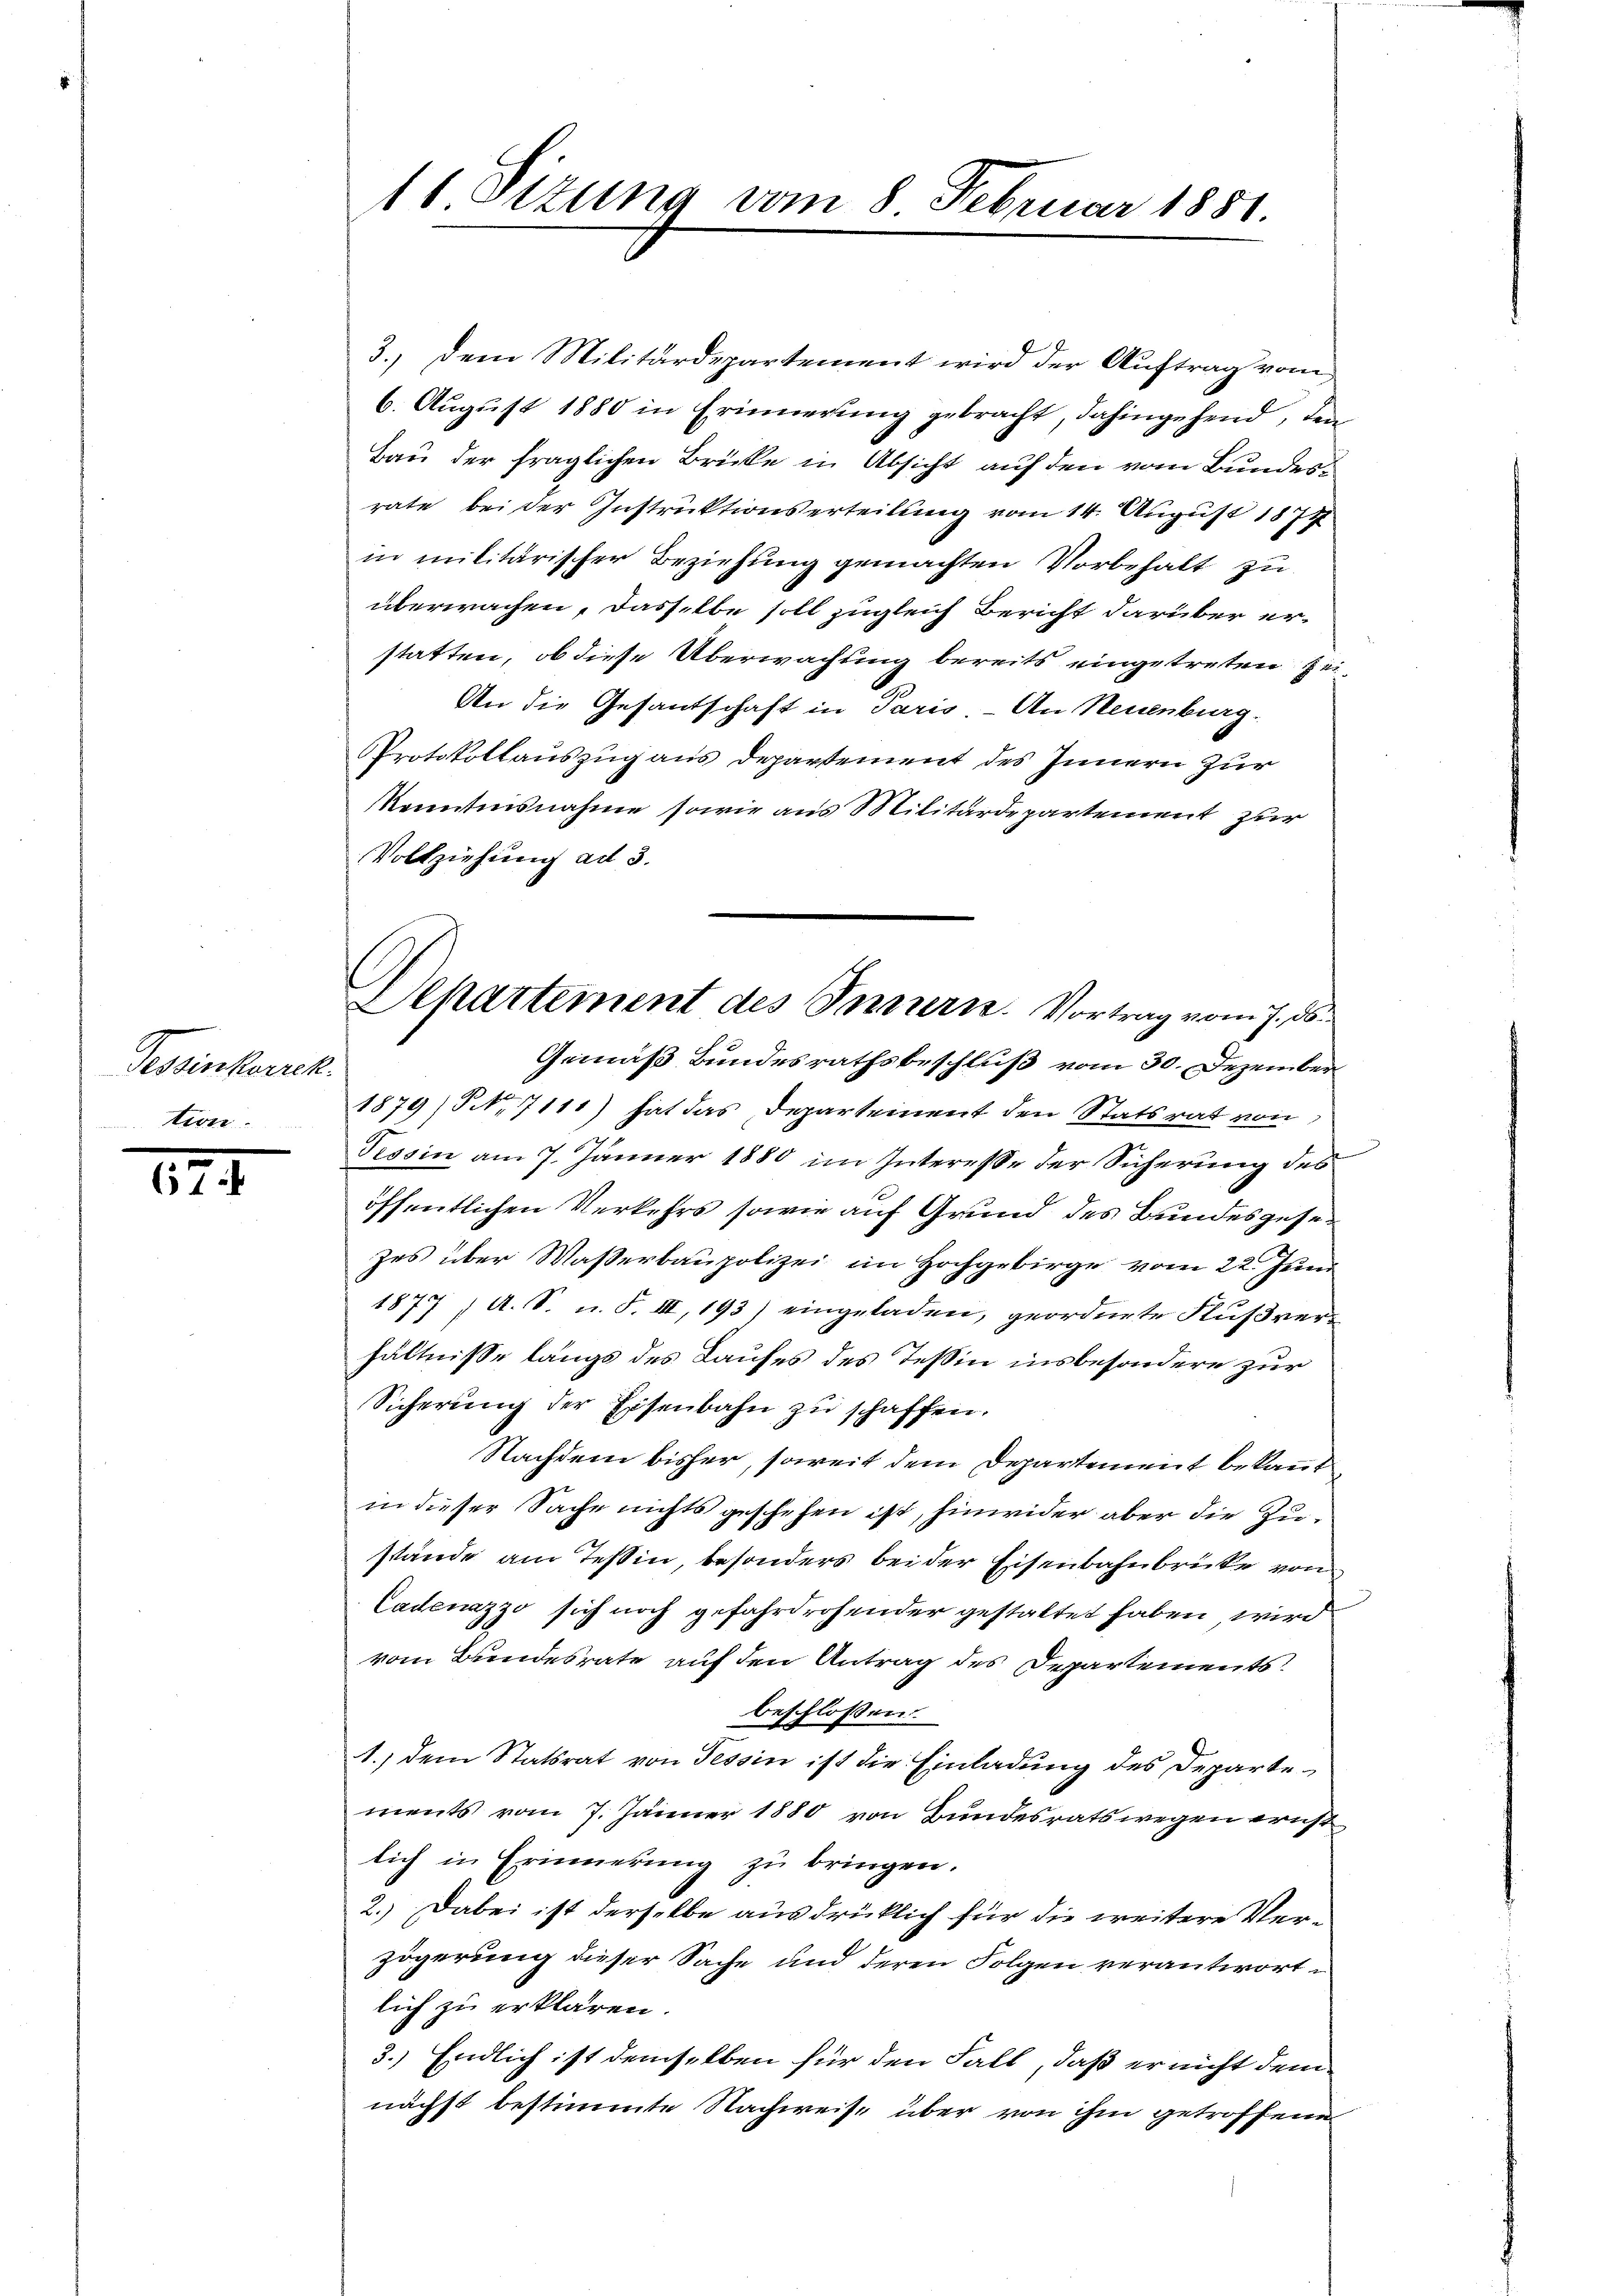
Tessinkorrek
tion.

174

16 Sizung vom 8. Februar 1851.

3.) Dem Militärdepartement wird der Auftrag vom
6. August 1880 in Erinnerung gebracht, dahingehend, den
Bau der fraglichen Brücke in Absicht auf den vom Bundesrate bei der Instruktionserteilung vom 14. August 1874
in militarischer Beziehung gemachten Vorbehalt zu
überwachen, dasselbe soll zugleich Bericht darüber erstatten, ob diese Überwachung bereits eingetreten sei
An die Gesantschaft in Paris - An Neuenburg.
Protokollauszug aus Departement des Innern zur
Kenntnisnahme sowie aus Militärdepartement zur
Vollziehung ad 3.
1879 No 7111) hat das Departement den Statsrat von
Tessin am 7. Jänner 1880 im Interesse der Sicherung des
öffentlichen Verkehrs sowie auf Grund des Bundesgesezes über Waßerbaupolizei im Hochgebirge vom 22. Juni
1877, A. S. u. F. III, 193) eingeladen, geordnete Flußverhältnisse längs des Laufes des Teßin insbesondere zur
Sicherung der Eisenbahn zu schaffen.
Nachdem bisher, soweit dem Departement bekannt
in dieser Sache nichts geschehen ist, hinwider aber die Zustände am Teßin, besonders bei der Eisenbahnbrücke von
Cadenazzo sich noch gefahrdrohender gestaltet haben wird
vom Bundesrate auf den Antrag des Departements
beschlossen:
1.) dem Statsrat von Tessin ist die Einladung des Departements vom 7. Jänner 1880 von Bundesratswegen ernstlich in Erinnerung zu bringen.
2.) Dabei ist derselbe ausdrücklich für die weitere Verzögerung dieser Sache und deren Folgen verantwortlich zu erklären.
3.) Endlich ist demselben für den Fall, daß er nicht demnächst bestimmte Nachweise über von ihm getroffene

Separtement des Innern. Vortrag vom 7. ds.
Gemäß Bundesrathsbeschluß vom 30. Dezember¬

e